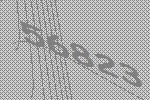
56823